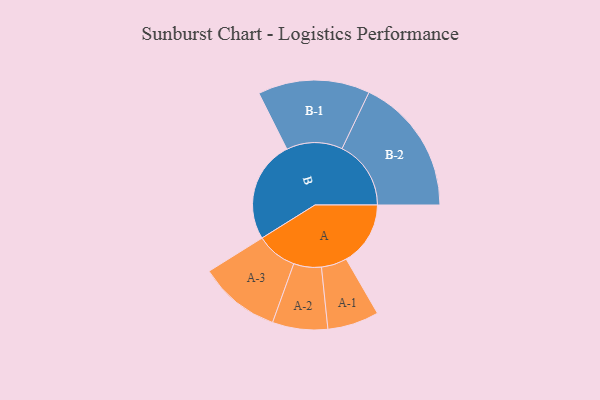
{"axis": {"x": "Segment", "y": "Value"}, "legend": ["", "A", "B"], "data": [{"x": "A", "y": 272, "type": ""}, {"x": "B", "y": 432, "type": ""}, {"x": "A-1", "y": 109, "type": "A"}, {"x": "A-2", "y": 117, "type": "A"}, {"x": "A-3", "y": 173, "type": "A"}, {"x": "B-1", "y": 237, "type": "B"}, {"x": "B-2", "y": 292, "type": "B"}]}